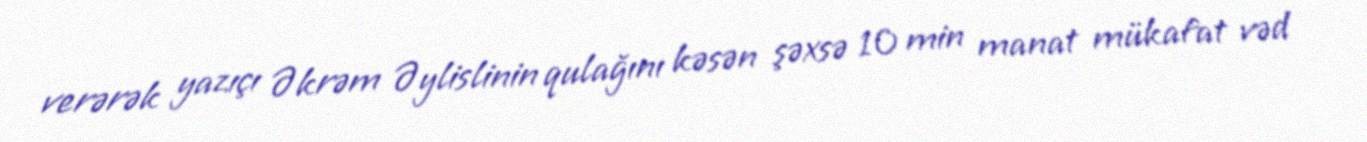
verərək yazıçı Əkrəm Əylislinin qulağını kəsən şəxsə 10 min manat mükafat vəd